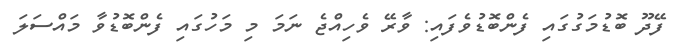
ފޭދޫ ބޮޑުމަގުގައި ފެންބޮޑުވެފައި: ވާރޭ ވެހިއްޖެ ނަމަ މި މަހުގައި ފެންބޮޑުވާ މައްސަލަ